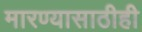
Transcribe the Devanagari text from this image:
मारण्यासाठीही